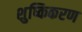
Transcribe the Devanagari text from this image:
शुष्किकरण